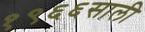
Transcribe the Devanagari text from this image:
१९६६साली